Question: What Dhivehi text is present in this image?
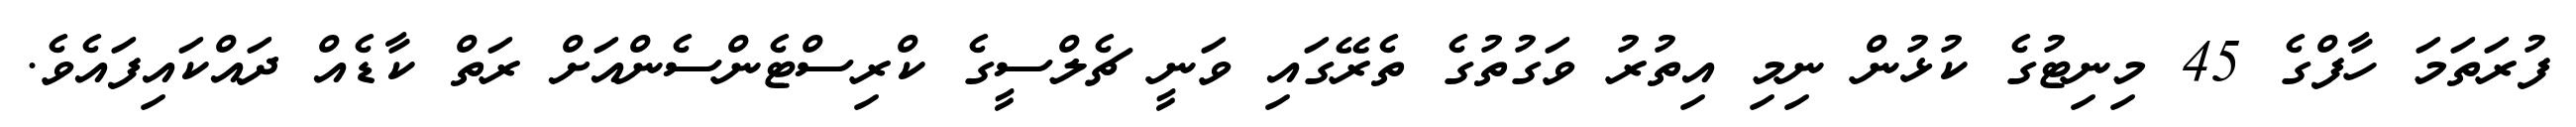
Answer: ފުރަތަމަ ހާފްގެ 45 މިނިޓުގެ ކުޅުން ނިމި އިތުރު ވަގުތުގެ ތެރޭގައި ވަނީ ޗެލްސީގެ ކްރިސްޓެންސެންއަށް ރަތް ކާޑެއް ދައްކައިފައެވެ.